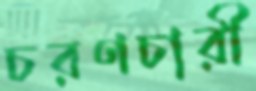
চরণচারী